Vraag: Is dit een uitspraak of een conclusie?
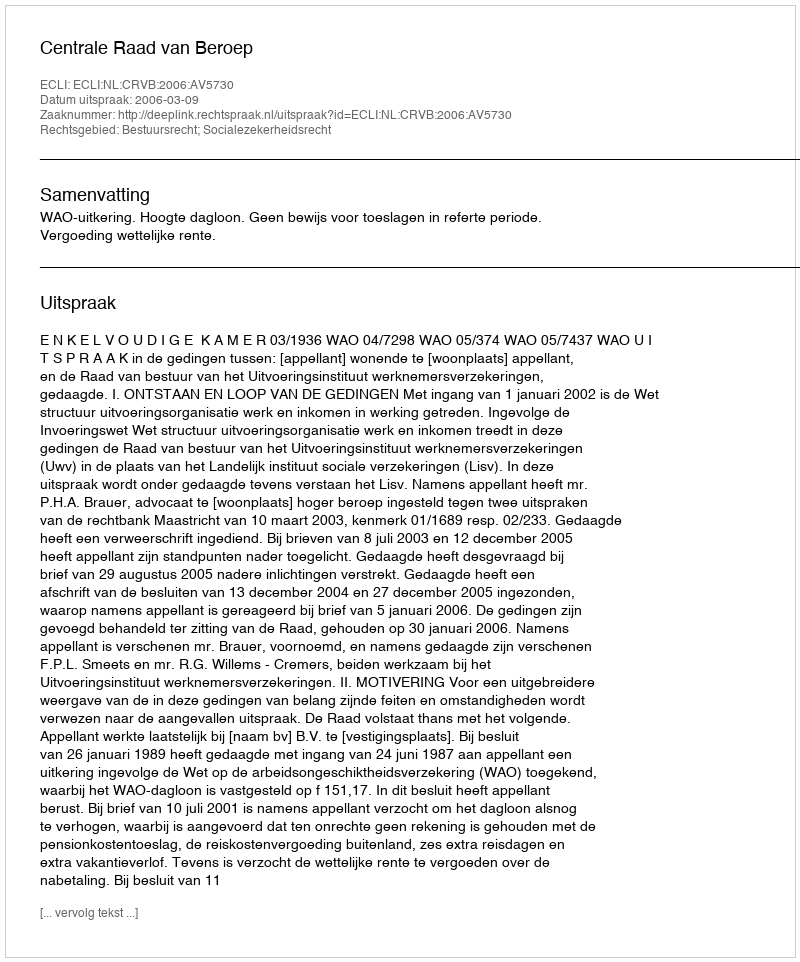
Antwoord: Uitspraak